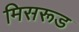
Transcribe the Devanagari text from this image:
मिसरूड